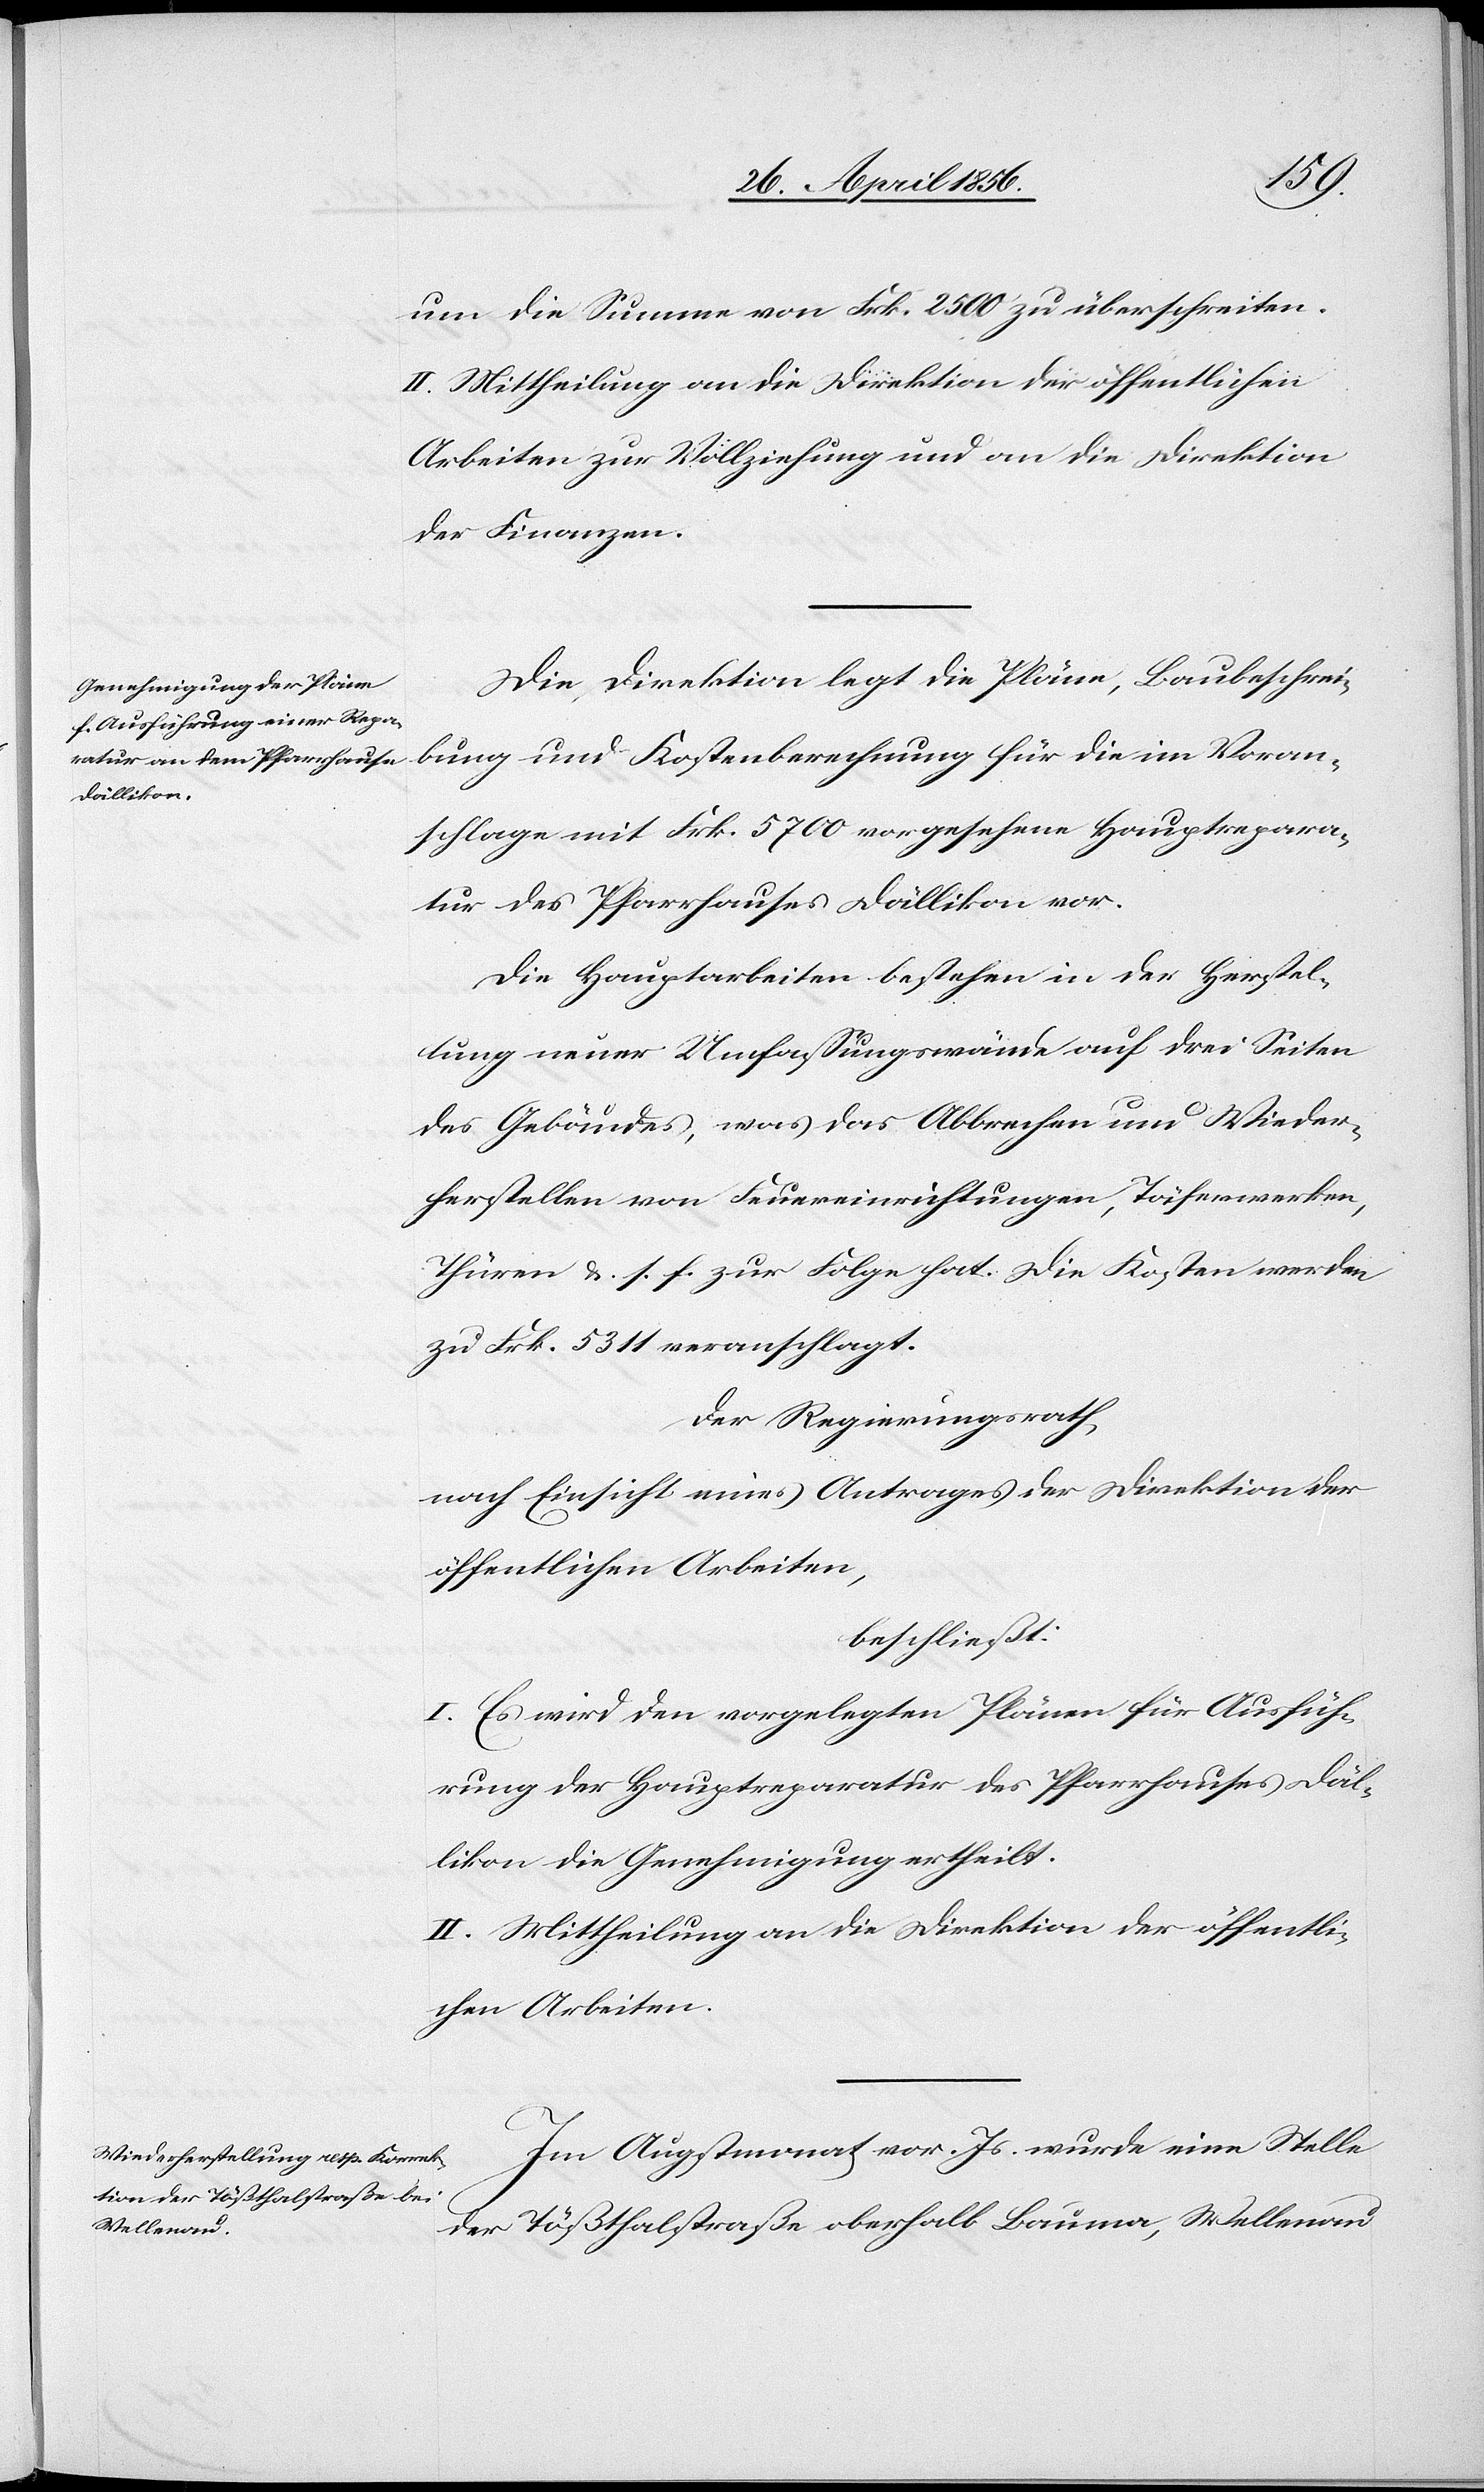
um die Summe von Frk. 2500 zu überschreiten.
II. Mittheilung an die Direktion der öffentlichen
Arbeiten zur Vollziehung und an die Direktion
der Finanzen.
Die Direktion legt die Pläne, Baubeschrei¬
bung und Kostenberechnung für die im Voran¬
schlage mit Frk. 5700 vorgesehene Hauptrepara¬
tur des Pfarrhauses Dällikon vor.
Die Hauptarbeiten bestehen in der Herstel¬
lung neuer Umfassungswände auf drei Seiten
des Gebäudes, was das Abbrechen und Wieder¬
herstellen von Feuereinrichtungen, Täferwerken,
Thüren &. s. f. zur Folge hat. Die Kosten werden
zu Frk. 5311 veranschlagt.
Der Regierungsrath,
nach Einsicht eines Antrages der Direktion der
öffentlichen Arbeiten,
beschließt:
I. Es wir den vorgelegten Plänen für Ausfüh¬
rung der Hauptreparatur des Pfarrhauses Däl¬
likon die Genehmigung ertheilt.
II. Mittheilung an die Direktion der öffentli¬
chen Arbeiten.
Im Augstmonat vor. Js. wurde eine Stelle
der Tößthalstraße oberhalb Bauma, Wellenau